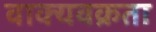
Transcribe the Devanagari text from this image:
वाक्यवक्रता